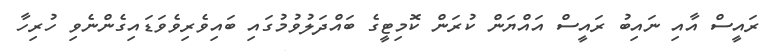
ރައީސް އާއި ނައިބު ރައީސް އައްޔަން ކުރަން ކޮމިޓީގެ ބައްދަލުވުމުގައި ބައިވެރިވެވަޑައިގެންނެވި ހުރިހާ